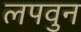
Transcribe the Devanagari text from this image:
लपवुन